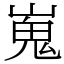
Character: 嵬